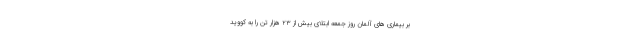
بر بیماری های آلمان روز جمعه ابتلای بیش از ۲۳ هزار تن را به کووید